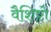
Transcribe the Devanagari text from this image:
वैशिष्टों